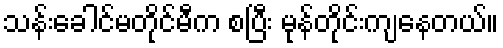
သန်းခေါင်မတိုင်မီက စပြီး မုန်တိုင်းကျနေတယ်။